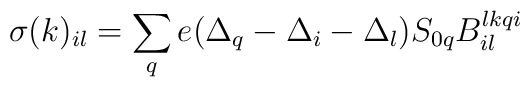
\sigma(k)_{il} = \sum_q e ( \Delta_q - \Delta_i - \Delta_l )S_{0q} B_{il}^{lkqi}